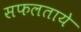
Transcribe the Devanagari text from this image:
सफलताये